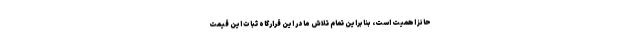
حائز اهمیت است، بنابراین تمام تلاش ما در این قرارگاه ثبات این قیمت